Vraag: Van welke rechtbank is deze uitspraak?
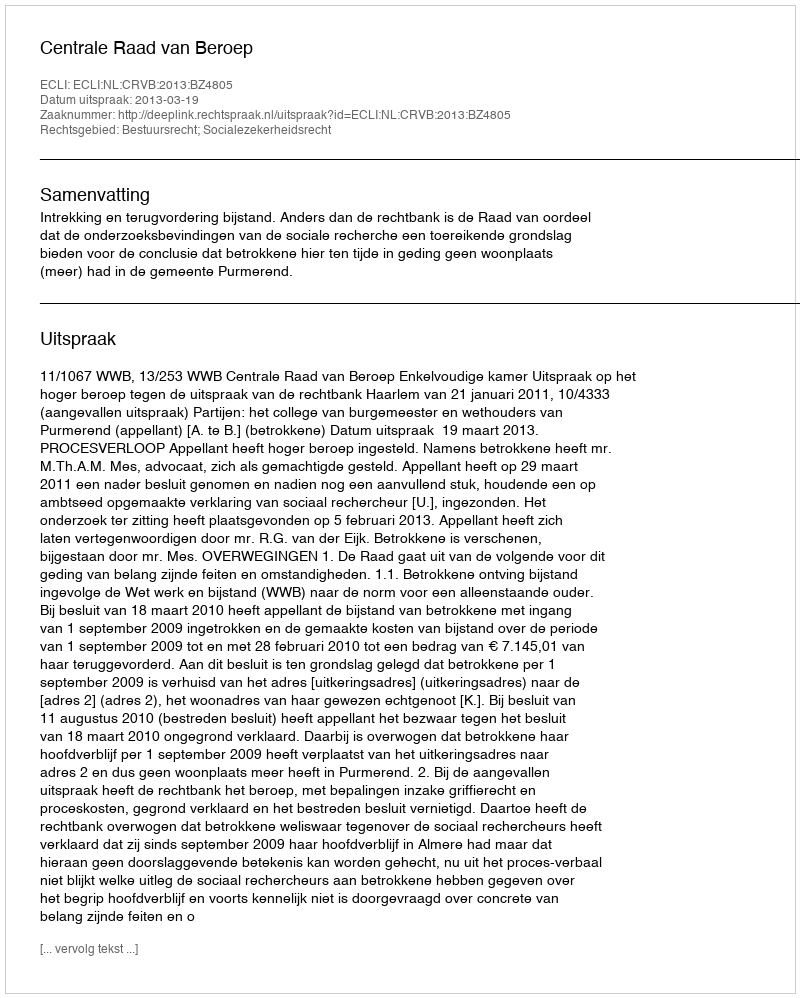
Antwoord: Centrale Raad van Beroep